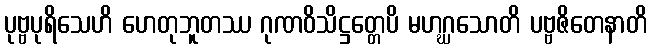
ပုဗ္ဗပုရိသေဟိ ဟေတုဘူတဿ ဂုဏဝိသိဋ္ဌတ္တေပိ မဟဂ္ဃသောတိ ပဗ္ဗဇိတေနာတိ